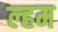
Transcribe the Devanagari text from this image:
ल्हम